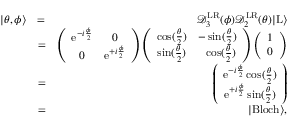
\begin{array} { r l r } { | \theta , \phi \rangle } & { = } & { \mathcal { D } _ { 3 } ^ { \mathrm { L R } } ( \phi ) \mathcal { D } _ { 2 } ^ { \mathrm { L R } } ( \theta ) | \mathrm { L } \rangle } \\ & { = } & { \left( \begin{array} { c c } { \mathrm { e } ^ { - i \frac { \phi } { 2 } } } & { 0 } \\ { 0 } & { \mathrm { e } ^ { + i \frac { \phi } { 2 } } } \end{array} \right) \left( \begin{array} { c c } { \cos ( \frac { \theta } { 2 } ) } & { - \sin ( \frac { \theta } { 2 } ) } \\ { \sin ( \frac { \theta } { 2 } ) } & { \ \ \cos ( \frac { \theta } { 2 } ) } \end{array} \right) \left( \begin{array} { c } { 1 } \\ { 0 } \end{array} \right) } \\ & { = } & { \left( \begin{array} { c } { \mathrm { e } ^ { - i \frac { \phi } { 2 } } \cos ( \frac { \theta } { 2 } ) } \\ { \mathrm { e } ^ { + i \frac { \phi } { 2 } } \sin ( \frac { \theta } { 2 } ) } \end{array} \right) } \\ & { = } & { | \mathrm { B l o c h } \rangle , } \end{array}